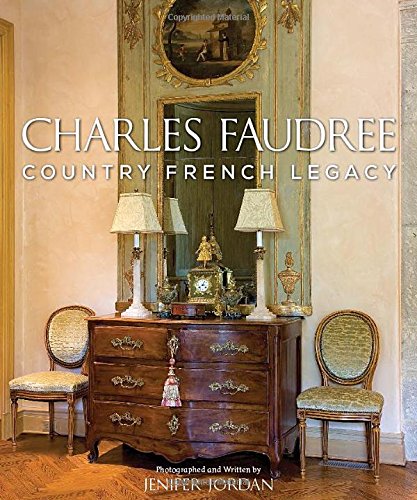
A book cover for Charles Faudree Country French Legacy; Crafts, Hobbies & Home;